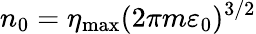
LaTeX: {n_{0}=\eta_{\mathrm{max}}(2\pi m\varepsilon_{0})^{3/2}}